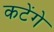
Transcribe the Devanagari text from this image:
कटेंगे